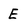
Character: E